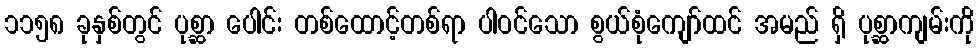
၁၁၅၈ ခုနှစ်တွင် ပုစ္ဆာ ပေါင်း တစ်ထောင့်တစ်ရာ ပါဝင်သော စွယ်စုံကျော်ထင် အမည် ရှိ ပုစ္ဆာကျမ်းကို